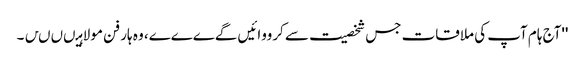
''آج ہام آپ کی ملاقات جس شخصیت سے کرووائیں گےےےے، وہ ہار فن مولا ہیںںںں۔